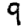
Digit: 9